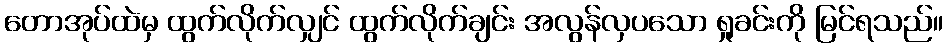
တောအုပ်ထဲမှ ထွက်လိုက်လျှင် ထွက်လိုက်ချင်း အလွန်လှပသော ရှုခင်းကို မြင်ရသည်။